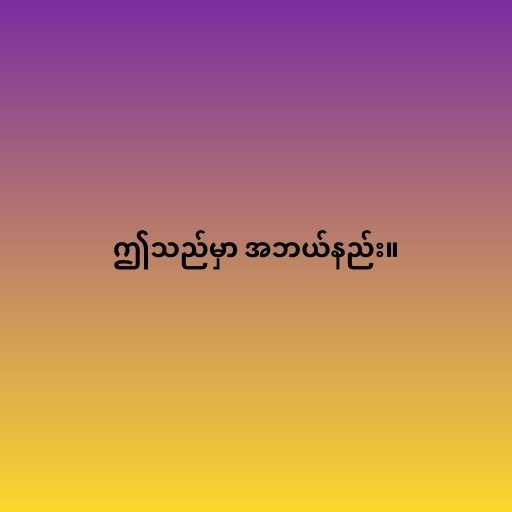
ဤသည်မှာ အဘယ်နည်း။